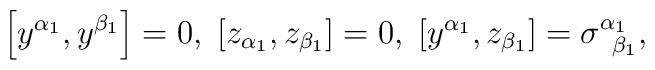
\left[ y^{\alpha _{1}},y^{\beta _{1}}\right] =0,\;\left[ z_{\alpha_{1}},z_{\beta _{1}}\right] =0,\;\left[ y^{\alpha _{1}},z_{\beta_{1}}\right] =\sigma _{\;\;\beta _{1}}^{\alpha _{1}},